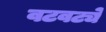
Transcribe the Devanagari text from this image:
वटवट्ये